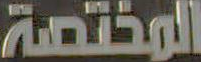
المختصة